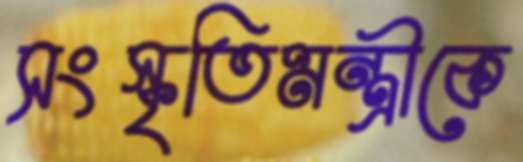
সংস্কৃতিমন্ত্রীকে